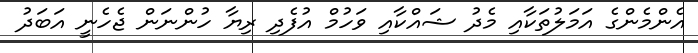
އެންމެންގެ އަމަލުތަކާއި މެދު ޝައްކާއި ވަހުމް އުފެދި ރިޔާ ހުންނަން ޖެހެނީ އަބަދު